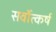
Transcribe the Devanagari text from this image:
सर्वोत्कर्ष